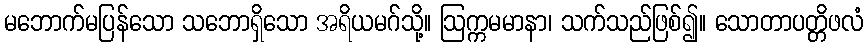
မဘောက်မပြန်သော သဘောရှိသော အရိယမဂ်သို့။ ဩက္ကမမာနာ၊ သက်သည်ဖြစ်၍။ သောတာပတ္တိဖလံ